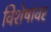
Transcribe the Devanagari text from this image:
विशेषांवर